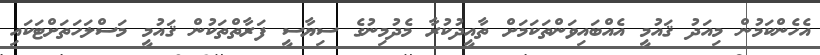
އެހެންކަމުން މިއަދު ޤައުމީ އެއްބައިވަންތަކަމަށް ތާއީދުކުރާ މެދުމިނުގެ ސިޔާސީ ފަރާތްތަކުން ޤައުމީ މަސްލަހަތަށްޓަކައި